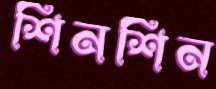
শিনশিন